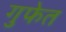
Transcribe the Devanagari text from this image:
गुफेत